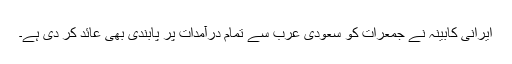
ایرانی کابینہ نے جمعرات کو سعودی عرب سے تمام درآمدات پر پابندی بھی عائد کر دی ہے۔